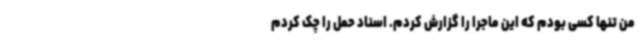
من تنها کسی بودم که این ماجرا را گزارش کردم. اسناد حمل را چک کردم